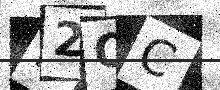
Text: F2OC